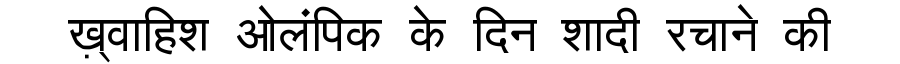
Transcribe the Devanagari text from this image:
ख़्वाहिश ओलंपिक के दिन शादी रचाने की